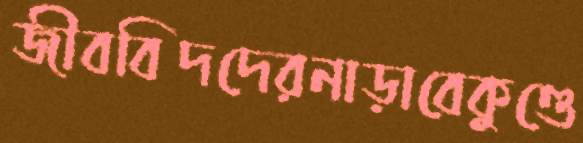
জীববিদদেরনাড়াবেকুণ্ডে